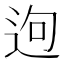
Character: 𨒡